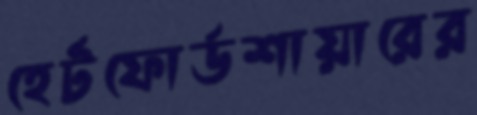
হের্টফোর্ডশায়ারের